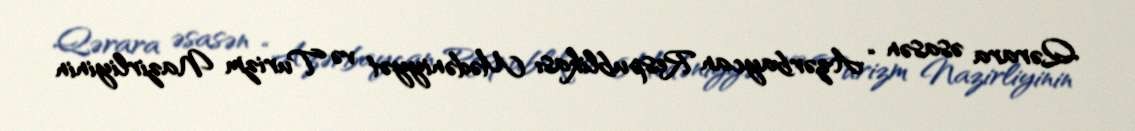
Qərara əsasən “Azərbaycan Respublikası Mədəniyyət və Turizm Nazirliyinin